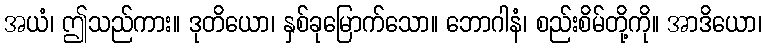
အယံ၊ ဤသည်ကား။ ဒုတိယော၊ နှစ်ခုမြောက်သော။ ဘောဂါနံ၊ စည်းစိမ်တို့ကို။ အာဒိယော၊